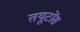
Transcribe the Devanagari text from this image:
तयूटोंस